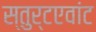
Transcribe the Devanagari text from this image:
स्तुर्टएवांट